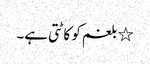
٭ بلغم کو کاٹتی ہے۔